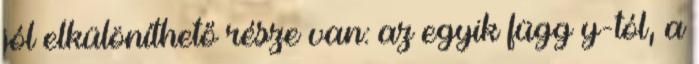
jól elkülöníthető része van: az egyik függ y-tól, a